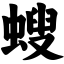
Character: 螋